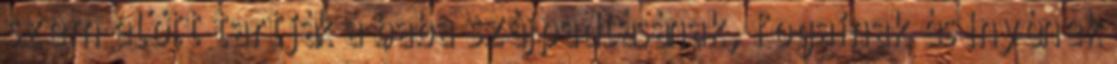
szem előtt tartják a baba szájpadlásának, fogainak és ínyének